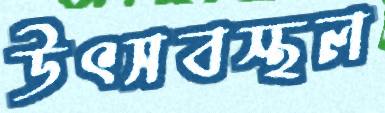
উৎসবস্থল